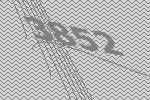
3852